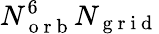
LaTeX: N_{\mathrm{~o~r~b~}}^{6}N_{\mathrm{~g~r~i~d~}}